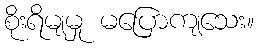
စိုးရိမျမှု မပြောကျသေး။